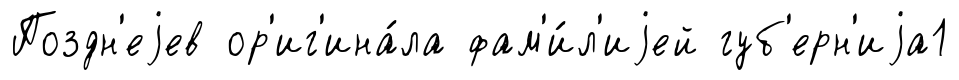
Поздн'еjев ор'иг'ина́ла фам'и́л'иjей губ'ерн'иjа1